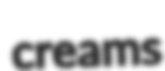
creams